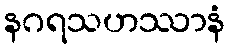
နဂရသဟဿာနံ